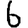
Digit: 6